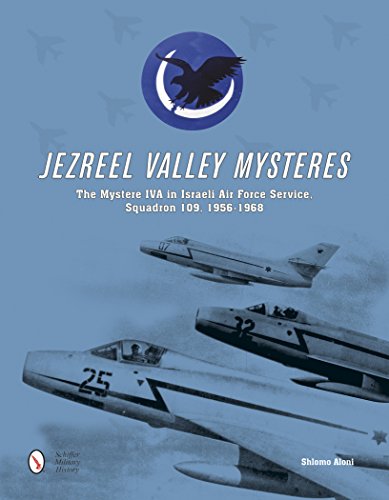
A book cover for Jezreel Valley Mysteres: The Mystere IVA in Israeli Air Force Service, Squadron 109, 1956-1968; Shlomo Aloni; History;